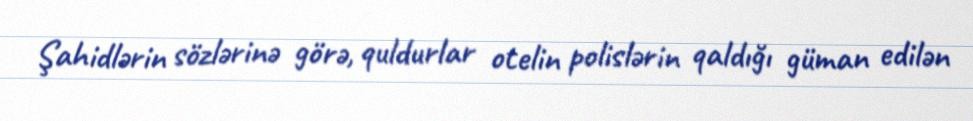
Şahidlərin sözlərinə görə, quldurlar otelin polislərin qaldığı güman edilən